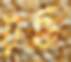
রফি